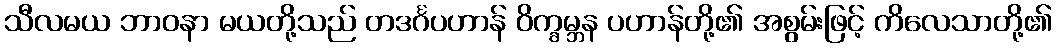
သီလမယ ဘာဝနာ မယတို့သည် တဒင်္ဂပဟာန် ဝိက္ခမ္ဘန ပဟာန်တို့၏ အစွမ်းဖြင့် ကိလေသာတို့၏